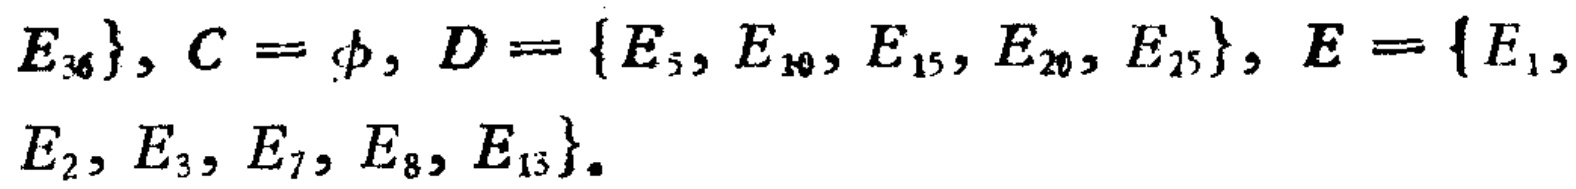
$E_{36}\}, C = \phi, D = \{E_{5}, E_{10}, E_{15}, E_{20}, E_{25}\}, E = \{E_{1}, E_{2}, E_{3}, E_{7}, E_{8}, E_{13}\}.$